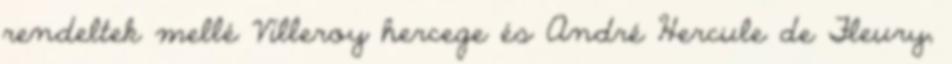
rendeltek mellé Villeroy hercege és André Hercule de Fleury,